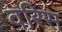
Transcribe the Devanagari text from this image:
वरिस